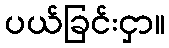
ပယ်ခြင်းငှာ။